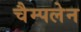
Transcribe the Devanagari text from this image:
चैम्पलेन